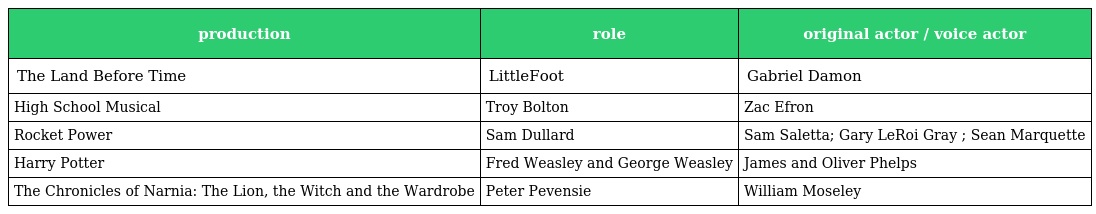
| production | role | original actor / voice actor |
 | --- | --- | --- |
 | The Land Before Time | LittleFoot | Gabriel Damon |
 | High School Musical | Troy Bolton | Zac Efron |
 | Rocket Power | Sam Dullard | Sam Saletta; Gary LeRoi Gray ; Sean Marquette |
 | Harry Potter | Fred Weasley and George Weasley | James and Oliver Phelps |
 | The Chronicles of Narnia: The Lion, the Witch and the Wardrobe | Peter Pevensie | William Moseley |